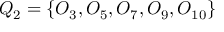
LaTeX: Q _ { 2 } = \{ O _ { 3 } , O _ { 5 } , O _ { 7 } , O _ { 9 } , O _ { 1 0 } \}